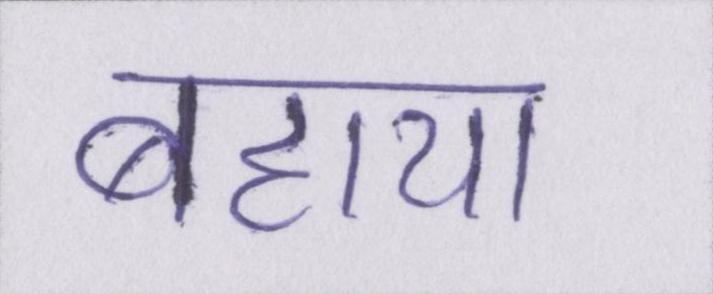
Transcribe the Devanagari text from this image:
बहाया